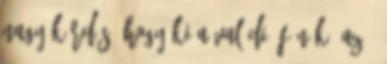
nagy kérdés, hogy ki a valódi “főnök” az ő